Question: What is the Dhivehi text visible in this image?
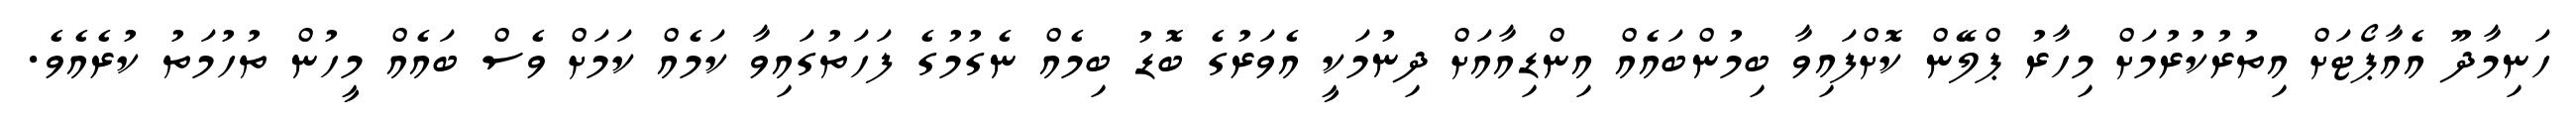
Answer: ހަނިމާދޫ އެއާޕޯޓަށް އިތުރުކުރުމަށް މިހާރު ޕްލޭން ކޮށްފައިވާ ބިމުންބައެއް އިންޑިއާއަށް ދިނުމަކީ އެވަރުގެ ބޮޑު ބިމެއް ނެގުމުގެ ފަހަތުގައިވާ ކަމެއް ކަމަށް ވެސް ބައެއް މީހުން ތުހުމަތު ކުރެއެވެ.